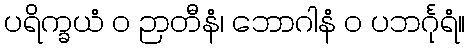
ပရိက္ခယံ ဝ ဉာတီနံ၊ ဘောဂါနံ ဝ ပဘင်္ဂုရံ။